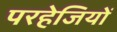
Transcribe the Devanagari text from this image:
परहेजियों